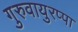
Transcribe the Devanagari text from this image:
गुरुवायुरप्पा